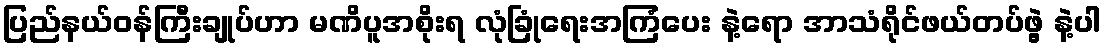
ပြည်နယ်ဝန်ကြီးချုပ်ဟာ မဏိပူအစိုးရ လုံခြုံရေးအကြံပေး နဲ့ရော အာသံရိုင်ဖယ်တပ်ဖွဲ့ နဲ့ပါ